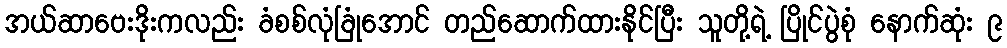
အယ်ဆာဗေးဒိုးကလည်း ခံစစ်လုံခြုံအောင် တည်ဆောက်ထားနိုင်ပြီး သူတို့ရဲ့ ပြိုင်ပွဲစုံ နောက်ဆုံး ၉